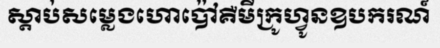
ស្តាប់សម្លេងហោប៉ៅគឺមីក្រូហ្វូនឧបករណ៍